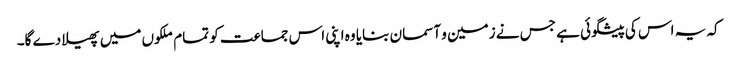
کہ یہ اس کی پیشگوئی ہے جس نے زمین و آسمان بنایا وہ اپنی اس جماعت کو تمام ملکوں میں پھیلا دے گا۔